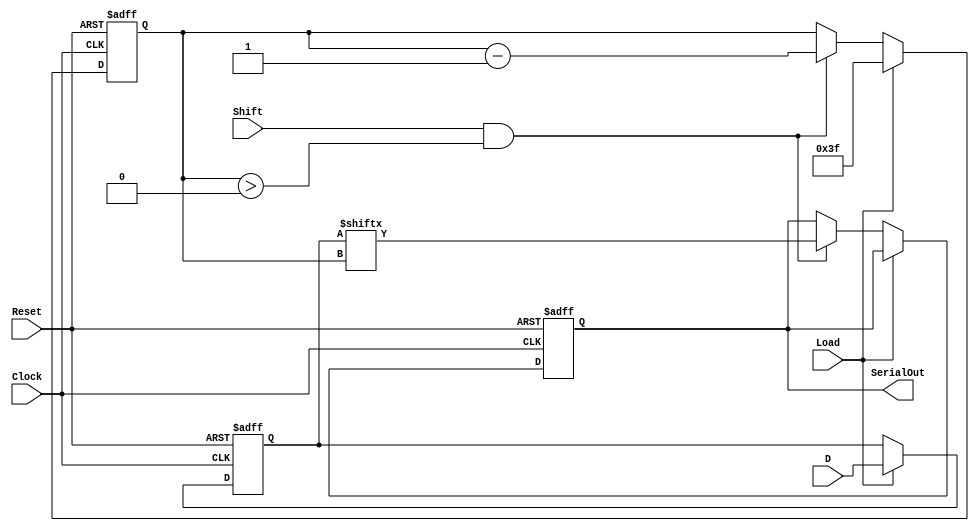
module PISO_Register (
    input wire [63:0] D,        // 64-bit parallel input data
    input wire Load,            // Load control signal
    input wire Shift,           // Shift control signal
    input wire Clock,           // Clock signal
    input wire Reset,           // Asynchronous reset
    output reg SerialOut        // Serial output
);

    reg [63:0] shift_reg;       // 64-bit shift register
    reg [5:0] bit_count;        // Counter to track the number of bits shifted out

    // Asynchronous reset
    always @(posedge Clock or posedge Reset) begin
        if (Reset) begin
            shift_reg <= 64'b0;  // Clear the shift register
            SerialOut <= 1'b0;   // Clear the serial output
            bit_count <= 6'b0;    // Reset the bit counter
        end else begin
            if (Load) begin
                shift_reg <= D;   // Load data into the shift register
                bit_count <= 6'd63; // Prepare to shift out 64 bits
            end else if (Shift && bit_count > 0) begin
                SerialOut <= shift_reg[bit_count]; // Output the current bit
                bit_count <= bit_count - 1; // Decrement the bit counter
            end
        end
    end

endmodule